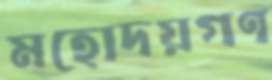
মহোদয়গণ